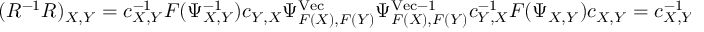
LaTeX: ( R ^ { - 1 } R ) _ { X , Y } = c _ { X , Y } ^ { - 1 } F ( \Psi _ { X , Y } ^ { - 1 } ) c _ { Y , X } \Psi _ { F ( X ) , F ( Y ) } ^ { \mathrm { V e c } } \Psi _ { F ( X ) , F ( Y ) } ^ { \mathrm { V e c } - 1 } c _ { Y , X } ^ { - 1 } F ( \Psi _ { X , Y } ) c _ { X , Y } = c _ { X , Y } ^ { - 1 } c _ { X , Y } = \Delta ( 1 ) _ { X , Y }